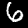
Label: 6